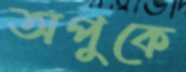
অপুকে